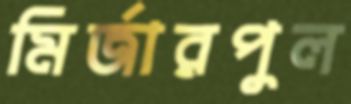
মির্জারপুল